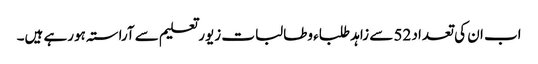
اب ان کی تعداد 52 سے زاہد طلباء وطالبات زیور تعلیم سے آراستہ ہورہے ہیں۔